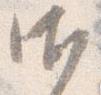
御